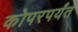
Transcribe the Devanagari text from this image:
कोपरपर्यंत